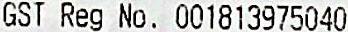
GST REG NO. 001813975040